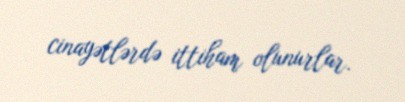
cinayətlərdə ittiham olunurlar.